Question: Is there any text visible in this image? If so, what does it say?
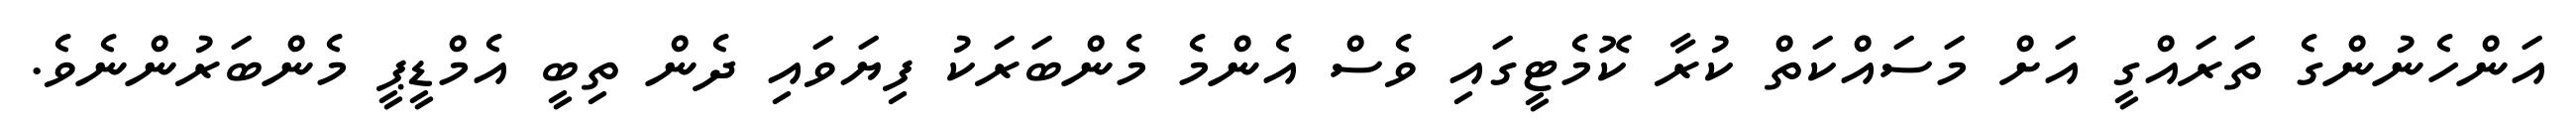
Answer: އަންހެނުންގެ ތަރައްގީ އަށް މަސައްކަތް ކުރާ ކޮމެޓީގައި ވެސް އެންމެ މެންބަރަކު ފިޔަވައި ދެން ތިބީ އެމްޑީޕީ މެންބަރުންނެވެ.